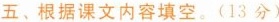
五﹑根据课文内容填空。(13分)